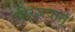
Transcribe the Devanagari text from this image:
धीरजवान्